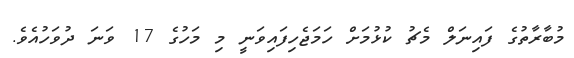
މުބާރާތުގެ ފައިނަލް މެޗު ކުޅުމަށް ހަމަޖެހިފައިވަނީ މި މަހުގެ 17 ވަނަ ދުވަހުއެވެ.